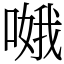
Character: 𠹷